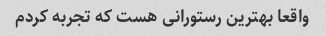
واقعا بهترین رستورانی هست که تجربه کردم